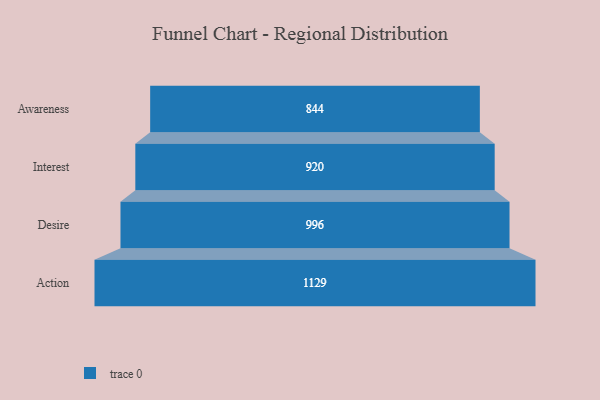
{"axis": {"x": "Stage", "y": "Value"}, "legend": [""], "data": [{"x": "Awareness", "y": 844.0, "type": ""}, {"x": "Interest", "y": 920.0, "type": ""}, {"x": "Desire", "y": 996.0, "type": ""}, {"x": "Action", "y": 1129.0, "type": ""}]}